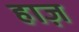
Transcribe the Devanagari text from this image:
हाज़